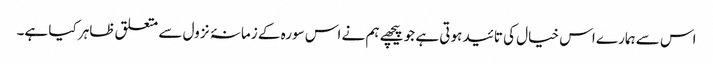
اس سے ہمارے اس خیال کی تائید ہوتی ہے جو پیچھے ہم نے اس سورہ کے زمانۂ نزول سے متعلق ظاہر کیا ہے۔